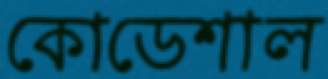
কোডেশাল